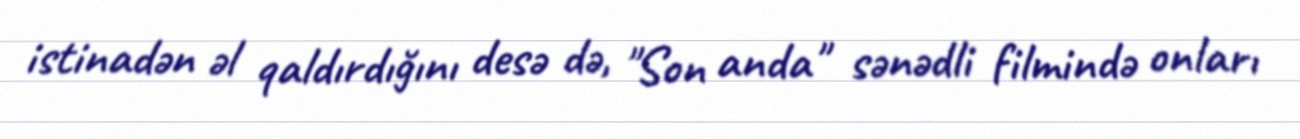
istinadən əl qaldırdığını desə də, "Son anda" sənədli filmində onları